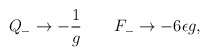
\begin{align*}Q_- \rightarrow -{1\over g} \qquad F_- \rightarrow - 6 \epsilon g, \end{align*}